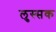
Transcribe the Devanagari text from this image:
लुस्सक